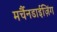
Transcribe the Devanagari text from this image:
मर्चैनडाईज़िंग